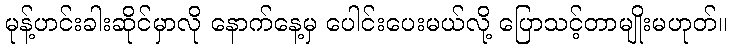
မုန့်ဟင်းခါးဆိုင်မှာလို နောက်နေ့မှ ပေါင်းပေးမယ်လို့ ပြောသင့်တာမျိုးမဟုတ်။